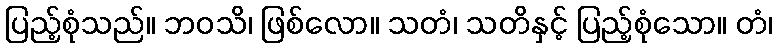
ပြည့်စုံသည်။ ဘဝသိ၊ ဖြစ်လော။ သတံ၊ သတိနှင့် ပြည့်စုံသော။ တံ၊